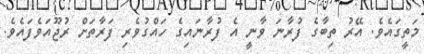
މަތީގައެވެ. އޭރު ތިބާގެ ފުރާނަ ވާނީ އެ ފުރާނައިގެ ހައްގުވެރި ފަރާތަށް ރުޖޫއަވެފައެވެ.